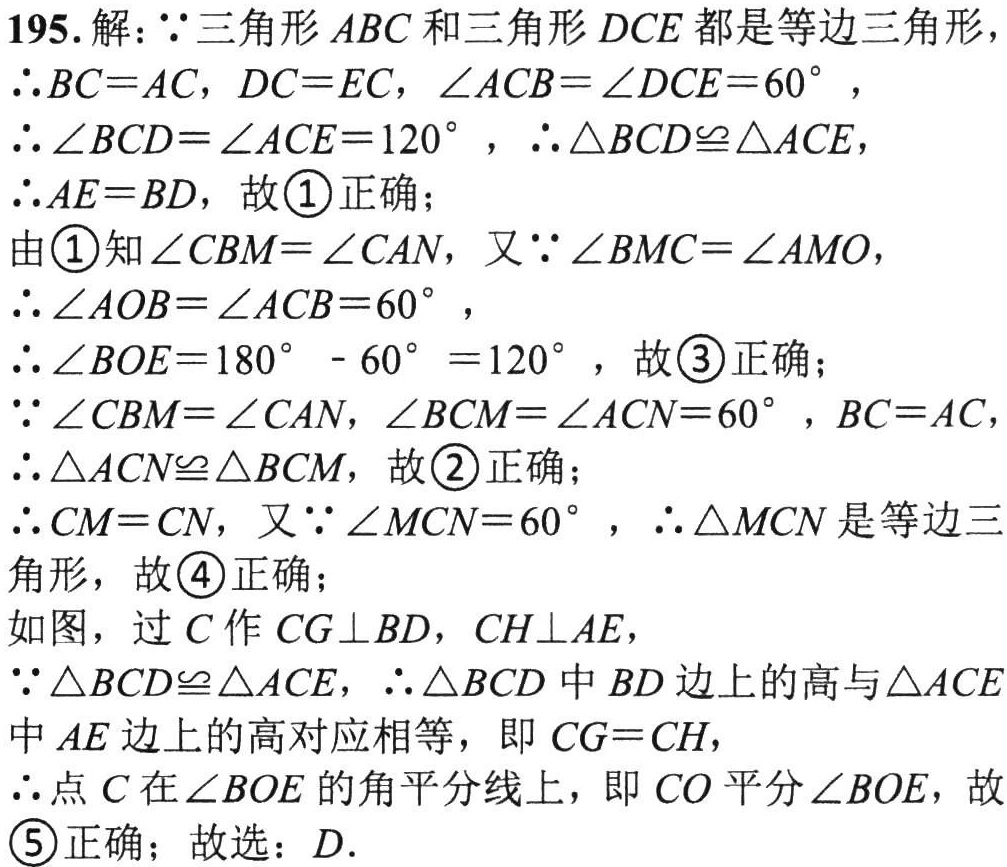
195. 解：$\because$三角形 \(ABC\) 和三角形 \(DCE\) 都是等边三角形，

\(\therefore BC = AC\)，\(DC = EC\)，\(\angle ACB=\angle DCE = 60^{\circ}\)，

\(\therefore\angle BCD=\angle ACE = 120^{\circ}\)，\(\therefore\triangle BCD\cong\triangle ACE\)，

\(\therefore AE = BD\)，故\textcircled{1}正确；

由\textcircled{1}知\(\angle CBM=\angle CAN\)，又\(\because\angle BMC=\angle AMO\)，

\(\therefore\angle AOB=\angle ACB = 60^{\circ}\)，

\(\therefore\angle BOE=180^{\circ}-60^{\circ}=120^{\circ}\)，故\textcircled{3}正确；

\(\because\angle CBM=\angle CAN\)，\(\angle BCM=\angle ACN = 60^{\circ}\)，\(BC = AC\)，

\(\therefore\triangle ACN\cong\triangle BCM\)，故\textcircled{2}正确；

\(\therefore CM = CN\)，又\(\because\angle MCN = 60^{\circ}\)，\(\therefore\triangle MCN\) 是等边三角形，故\textcircled{4}正确；

如图，过 \(C\) 作 \(CG\perp BD\)，\(CH\perp AE\)，

\(\because\triangle BCD\cong\triangle ACE\)，\(\therefore\triangle BCD\) 中 \(BD\) 边上的高与\(\triangle ACE\) 中 \(AE\) 边上的高对应相等，即 \(CG = CH\)，

\(\therefore\)点 \(C\) 在\(\angle BOE\) 的角平分线上，即 \(CO\) 平分\(\angle BOE\)，故\textcircled{5}正确； 故选：\(D\).